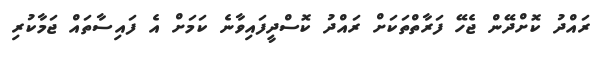
ރައްދު ކޮށްދޭން ޖެހޭ ފަރާތްތަކަށް ރައްދު ކޮސްދީފައިވާނެ ކަމަށް އެ ފައިސާތައް ޖަމާކުރި